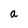
Character: a